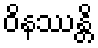
ဝိနဿန္တိ